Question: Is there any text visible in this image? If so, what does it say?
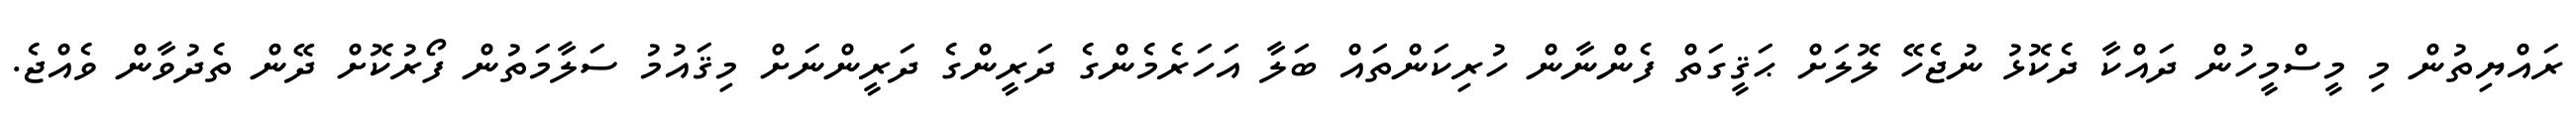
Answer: ރައްޔިތުން މި މީސްމީހުން ދައްކާ ދެކޮޅު ނުޖެހޭ ލޮލަށް ޙަޤީގަތް ފެންނާން ހުރިކަންތައް ބަލާ އަހަރެމެންގެ ދަރީންގެ ދަރީންނަށް މިޤައުމު ސަލާމަތުން ފޯރުކޮށް ދޭން ތެދުވާން ވެއްޖެ.